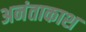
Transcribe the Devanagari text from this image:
अनंताकाश